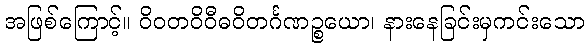
အဖြစ်ကြောင့်။ ဝိဝတဝိဝီဓဝိတင်္ဂဏဉ္စယော၊ နားနေခြင်းမှကင်းသော